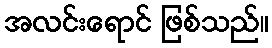
အလင်းရောင် ဖြစ်သည်။